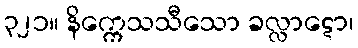
၃၂၁။ နိက္ကေသသီသော ခလ္လာဋော၊